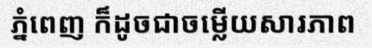
ភ្នំពេញ ក៏ដូចជាចម្លើយសារភាព